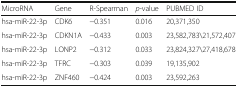
<table><thead><tr><td><b>MicroRNA</b></td><td><b>Gene</b></td><td><b>R-Spearman</b></td><td><b><i>p</i>-value</b></td><td><b>PUBMED ID</b></td></tr></thead><tbody><tr><td>hsa-miR-22-3p</td><td>CDK6</td><td>−0.351</td><td>0.016</td><td>20,371,350</td></tr><tr><td>hsa-miR-22-3p</td><td>CDKN1A</td><td>−0.433</td><td>0.003</td><td>23,582,783\21,572,407</td></tr><tr><td>hsa-miR-22-3p</td><td>LONP2</td><td>−0.312</td><td>0.033</td><td>23,824,327\27,418,678</td></tr><tr><td>hsa-miR-22-3p</td><td>TFRC</td><td>−0.303</td><td>0.039</td><td>19,135,902</td></tr><tr><td>hsa-miR-22-3p</td><td>ZNF460</td><td>−0.424</td><td>0.003</td><td>23,592,263</td></tr></tbody></table>